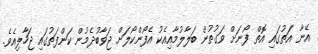
އޭނާ އަތުގައި އޮތް ފޯނަށް ވަގުތުން ބަލާލުމާއިއެކު އެފޯންކޯލަށް ޖަވާބުދެމުން ކަންފަތުގައި ޖަހާލިއެވެ.